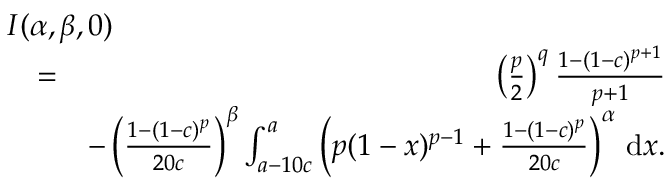
\begin{array} { r l r } { \lefteqn { I ( \alpha , \beta , 0 ) } } \\ & { = } & { \left( \frac { p } { 2 } \right) ^ { q } \frac { 1 - ( 1 - c ) ^ { p + 1 } } { p + 1 } } \\ & { } & { - \left( \frac { 1 - ( 1 - c ) ^ { p } } { 2 0 c } \right) ^ { \beta } \int _ { a - 1 0 c } ^ { a } \left( p ( 1 - x ) ^ { p - 1 } + \frac { 1 - ( 1 - c ) ^ { p } } { 2 0 c } \right) ^ { \alpha } \, \mathrm { d } x . } \end{array}